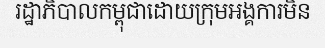
រដ្ឋាភិបាលកម្ពុជាដោយក្រុមអង្គការមិន